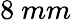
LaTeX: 8\ mm